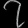
Digit: ၇